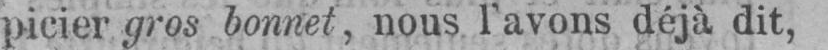
picier gros bonnet, nous l’avons déjà dit,